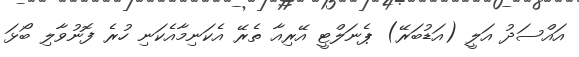
އައްސަދު އަލީ (އަޑުބަރޭ) ޕެނަލްޓީ އޭރިއާ ތެރޭ އެކަނިމާއެކަނި ހުރެ ފޮނުވާލި ބޯޅަ